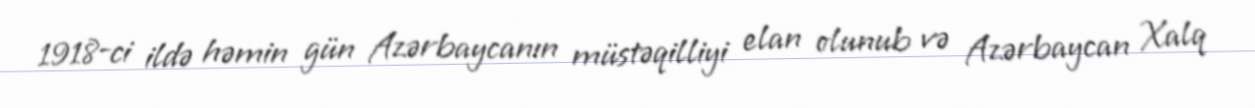
1918-ci ildə həmin gün Azərbaycanın müstəqilliyi elan olunub və Azərbaycan Xalq